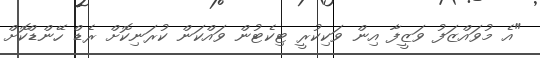
"އެ މުވައްޒަފު ވަޒީފާ އިން ވަކިކުރީ ޓިކެޓުން ވައްކަން ކުރަނިކޮށް ރެޑް ހޭންޑްކޮށް